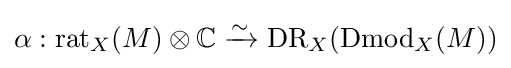
\alpha :{\text{rat}}_{X}(M)\otimes \mathbb {C} \xrightarrow {\sim } {\text{DR}}_{X}({\text{Dmod}}_{X}(M))